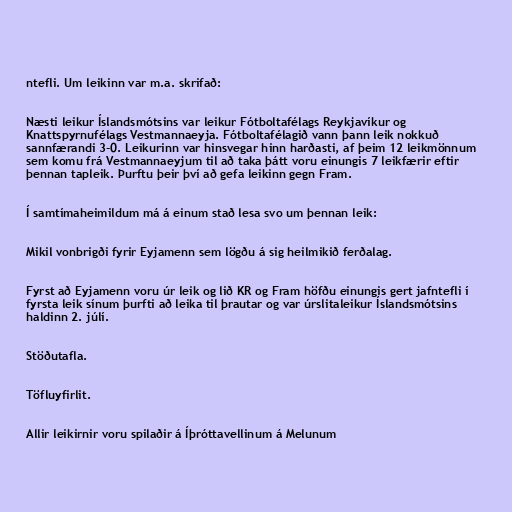
ntefli. Um leikinn var m.a. skrifað:

Næsti leikur Íslandsmótsins var leikur Fótboltafélags Reykjavíkur og
Knattspyrnufélags Vestmannaeyja. Fótboltafélagið vann þann leik nokkuð
sannfærandi 3-0. Leikurinn var hinsvegar hinn harðasti, af þeim 12 leikmönnum
sem komu frá Vestmannaeyjum til að taka þátt voru einungis 7 leikfærir eftir
þennan tapleik. Þurftu þeir því að gefa leikinn gegn Fram.

Í samtímaheimildum má á einum stað lesa svo um þennan leik:

Mikil vonbrigði fyrir Eyjamenn sem lögðu á sig heilmikið ferðalag.

Fyrst að Eyjamenn voru úr leik og lið KR og Fram höfðu einungis gert jafntefli í
fyrsta leik sínum þurfti að leika til þrautar og var úrslitaleikur Íslandsmótsins
haldinn 2. júlí.

Stöðutafla.

Töfluyfirlit.

Allir leikirnir voru spilaðir á Íþróttavellinum á Melunum